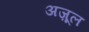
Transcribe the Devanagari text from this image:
अज़ूल